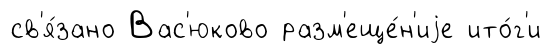
св'я́зано Вас'юково разм'еще́н'иjе ито́г'и